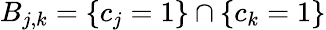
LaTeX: B_{j,k}=\{ c_{j}=1\} \cap\{ c_{k}=1\}